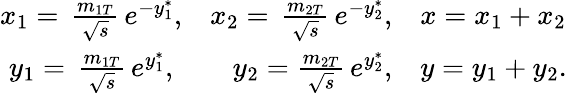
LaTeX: \begin{array}{crl}{{x_{1}=\, \frac{m_{1T}}{\sqrt{s}}\, e^{-y_{1}^{*}},}}&{{x_{2}=\, \frac{m_{2T}}{\sqrt{s}}\, e^{-y_{2}^{*}},}}&{{x=x_{1}+x_{2}}}\\ {{y_{1}=\, \frac{m_{1T}}{\sqrt{s}}\, e^{y_{1}^{*}},}}&{{y_{2}=\frac{m_{2T}}{\sqrt{s}}\, e^{y_{2}^{*}},}}&{{y=y_{1}+y_{2}.}}\end{array}